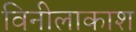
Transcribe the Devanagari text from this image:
विनीलाकाश